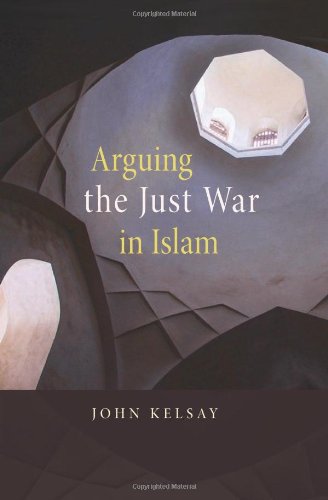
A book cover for Arguing the Just War in Islam; John Kelsay; Religion & Spirituality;